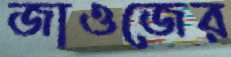
জাওজের